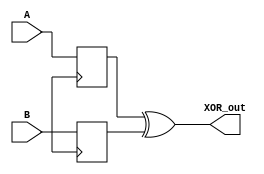
module XOR_Delay (
    input wire A,
    input wire B,
    output reg XOR_out
);

reg delayed_A, delayed_B;

// Timing control and synchronization block
always @(posedge clk) begin
    delayed_A <= A;
    delayed_B <= B;
end

// XOR gate with delayed inputs
assign XOR_out = delayed_A ^ delayed_B;

endmodule